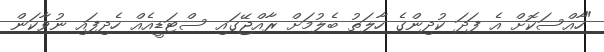
"ހާއްސަކޮށް އެ ފަދަ ކުދިންގެ ހާލަތު ބެލުމަށް ރާއްޖޭގައި ސްޓަޑީއެއް ހެދިފައި ނުވާކަން